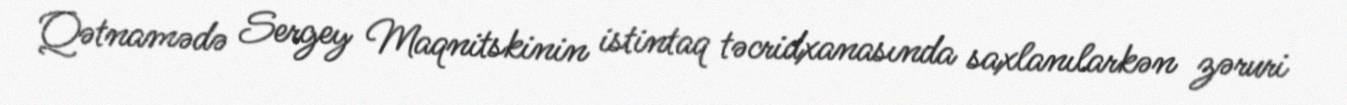
Qətnamədə Sergey Maqnitskinin istintaq təcridxanasında saxlanılarkən zəruri